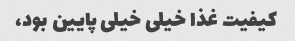
کیفیت غذا خیلی خیلی پایین بود،